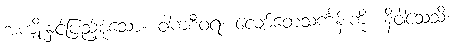
အကျိုးနှင့်ပြည့်စုံသော။ ဝါကစီဝရံ၊ လျော်တေသင်္ကန်းကို။ နိဝါသေသိ၊